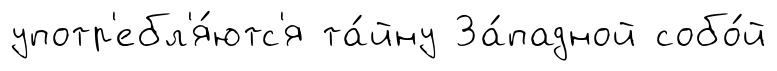
употр'ебл'я́ютс'я та́йну За́падной собо́й